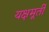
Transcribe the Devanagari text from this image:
यक्षमूर्ती